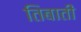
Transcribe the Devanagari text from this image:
तिबाती